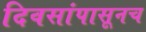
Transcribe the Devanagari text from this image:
दिवसांपासूनच